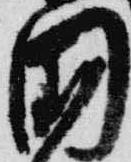
国